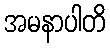
အမနာပါတိ